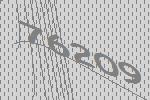
76209